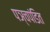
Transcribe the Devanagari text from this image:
पञ्चपंडित